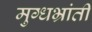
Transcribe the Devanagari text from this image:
मुग्धभ्रांती